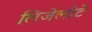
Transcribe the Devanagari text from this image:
लिजेलोटे